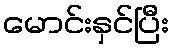
မောင်းနှင်ပြီး